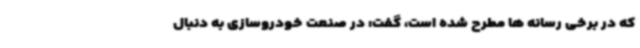
که در برخی رسانه ها مطرح شده است، گفت: در صنعت خودروسازی به دنبال